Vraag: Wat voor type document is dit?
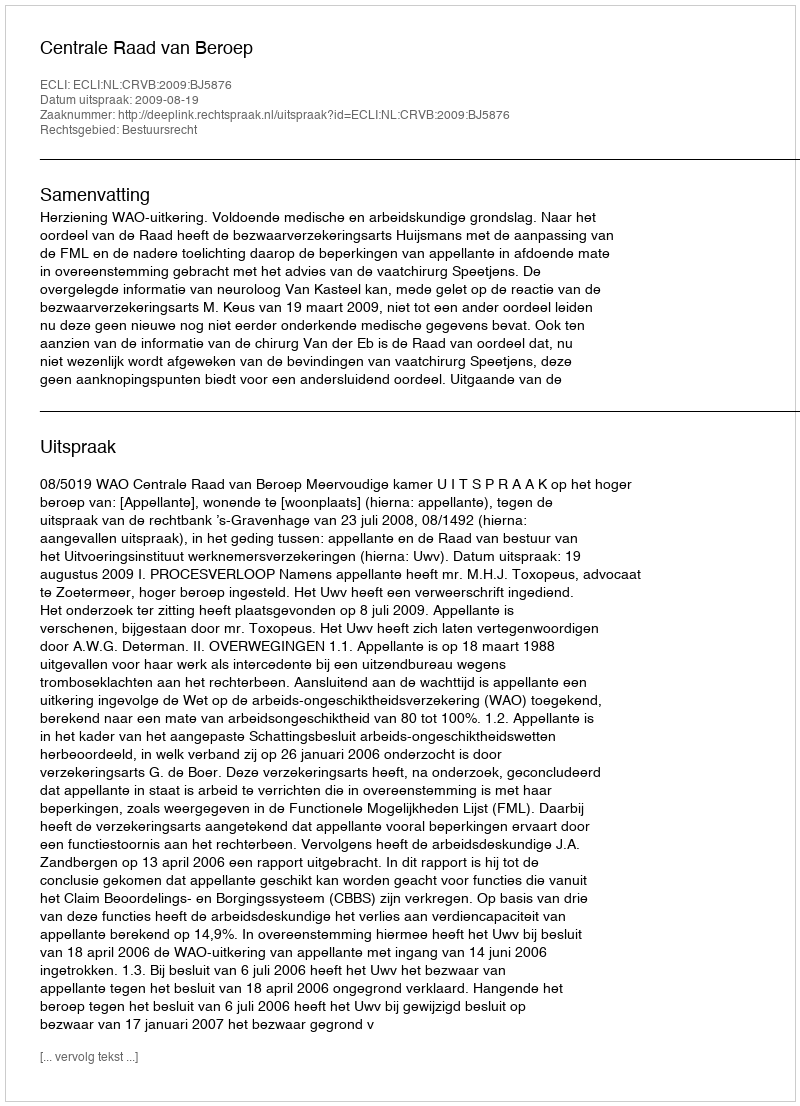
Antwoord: Uitspraak